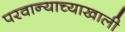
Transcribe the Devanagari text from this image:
परवान्याच्याखाली